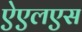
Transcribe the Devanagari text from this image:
ऐएलएस